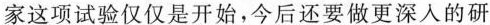
家这项试验仅仅是开始，今后还要做更深人的研